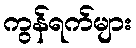
ကွန်ရက်များ